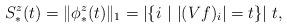
\begin{align*} S^z_*(t) = \|\phi^z_*(t)\|_1 = |\{i ~|~ |(Vf)_i|=t\}| ~ t, \end{align*}